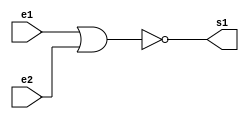
//----------------
//@autor: Rafael de Freitas Queiroz Matosinhos
//@Guia 02 - Exemplo 005
//@Matricula: 420139
//----------------

//----------------
//--- NOR GATE ---
//----------------

module norgate (s1, e1, e2);
   output s1;
   input  e1, e2;
	assign s1 = ~(e1|e2);
endmodule

//----------------
//--- NOT GATE ---
//----------------

module notgate (s1, e1);
   output s1;
   input  e1;
	assign s1 = ~e1;
endmodule

//----------------
//--- AND TEST ---
//----------------

module testnandgate;
reg e1, e2;
wire s1, s2, s3, sfinal;

norgate nor1 (s1, e1, e1);
norgate nor2 (s2, e2, e2);
norgate nor3 (s3, s1, s2);
notgate not1(sfinal, s3);


//--------------------------------------------
initial begin: start
 	e1 = 0;
 	e2 = 0;
end
//--------------------------------------------
//--------------------------------------------
initial begin: main
$display("Guia 02 - Exemplo 05");
      $display("NAND Gate");
		$monitor("~(%b & %b) = %b", e1, e2, sfinal);
		
		#1 e1 = 0; e2 = 1;
		#1 e1 = 1; e2 = 0;
		#1 e1 = 1; e2 = 1;		
end
//--------------------------------------------	
endmodule

//---- TESTES -----
//-- Guia 02 - Exemplo 05
//-- NAND Gate
//-- ~(0 & 0) = 1
//-- ~(0 & 1) = 1
//-- ~(1 & 0) = 1
//-- ~(1 & 1) = 0